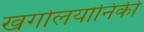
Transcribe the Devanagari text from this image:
खगोलयानिकी